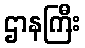
ဌာနကြီး